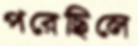
পরেছিলে